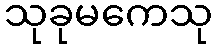
သုခုမကေသု